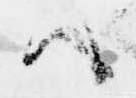
ハ